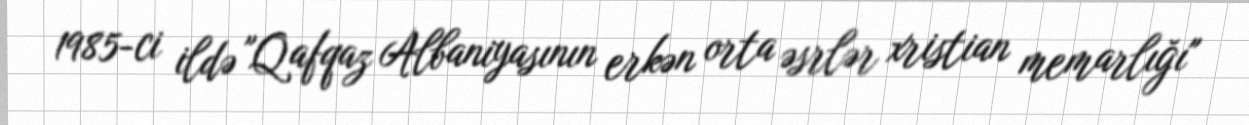
1985-ci ildə "Qafqaz Albaniyasının erkən orta əsrlər xristian memarlığı"